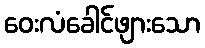
ဝေးလံခေါင်ဖျားသော